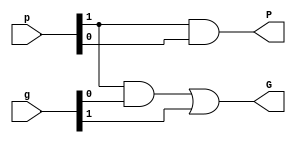
`timescale 1ns / 1ps
module black #(parameter val=2)(output G,output P, input [val-1:0] g, input [val-1:0] p);
wire [val-1:0] gg,wr;
wire [val:0] pp;
assign gg[0]= g[0];
assign pp[0]=p[0];
genvar k,i;
generate
  for(k=0;k<(val-1);k=k+1)
  begin
    and(wr[k],p[k+1],gg[k]);
    or (gg[k+1],wr[k],g[k+1]);  
    end
   for(i=0;i<(val-1);i=i+1)
   begin
    and(pp[i+1],p[i+1],pp[i]);
   end
  
endgenerate
assign P=pp[val-1];
assign G= gg[val-1];

endmodule